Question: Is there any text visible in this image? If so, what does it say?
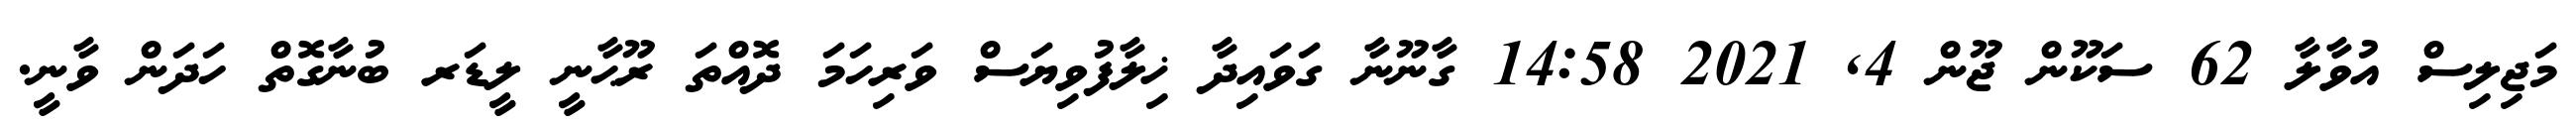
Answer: މަޖިލިސް އުވާލާ 62 ސަކޫން ޖޫން 4, 2021 14:58 ގާނޫނާ ގަވައިދާ ޚިލާފުވިޔަސް ވަރިހަމަ ދޮއްތަ ރޫޙާނީ ލީޑަރ ބުނާގޮތް ހަދަން ވާނީ.